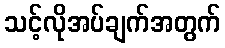
သင့်လိုအပ်ချက်အတွက်